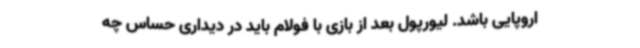
اروپایی باشد. لیورپول بعد از بازی با فولام باید در دیداری حساس چه